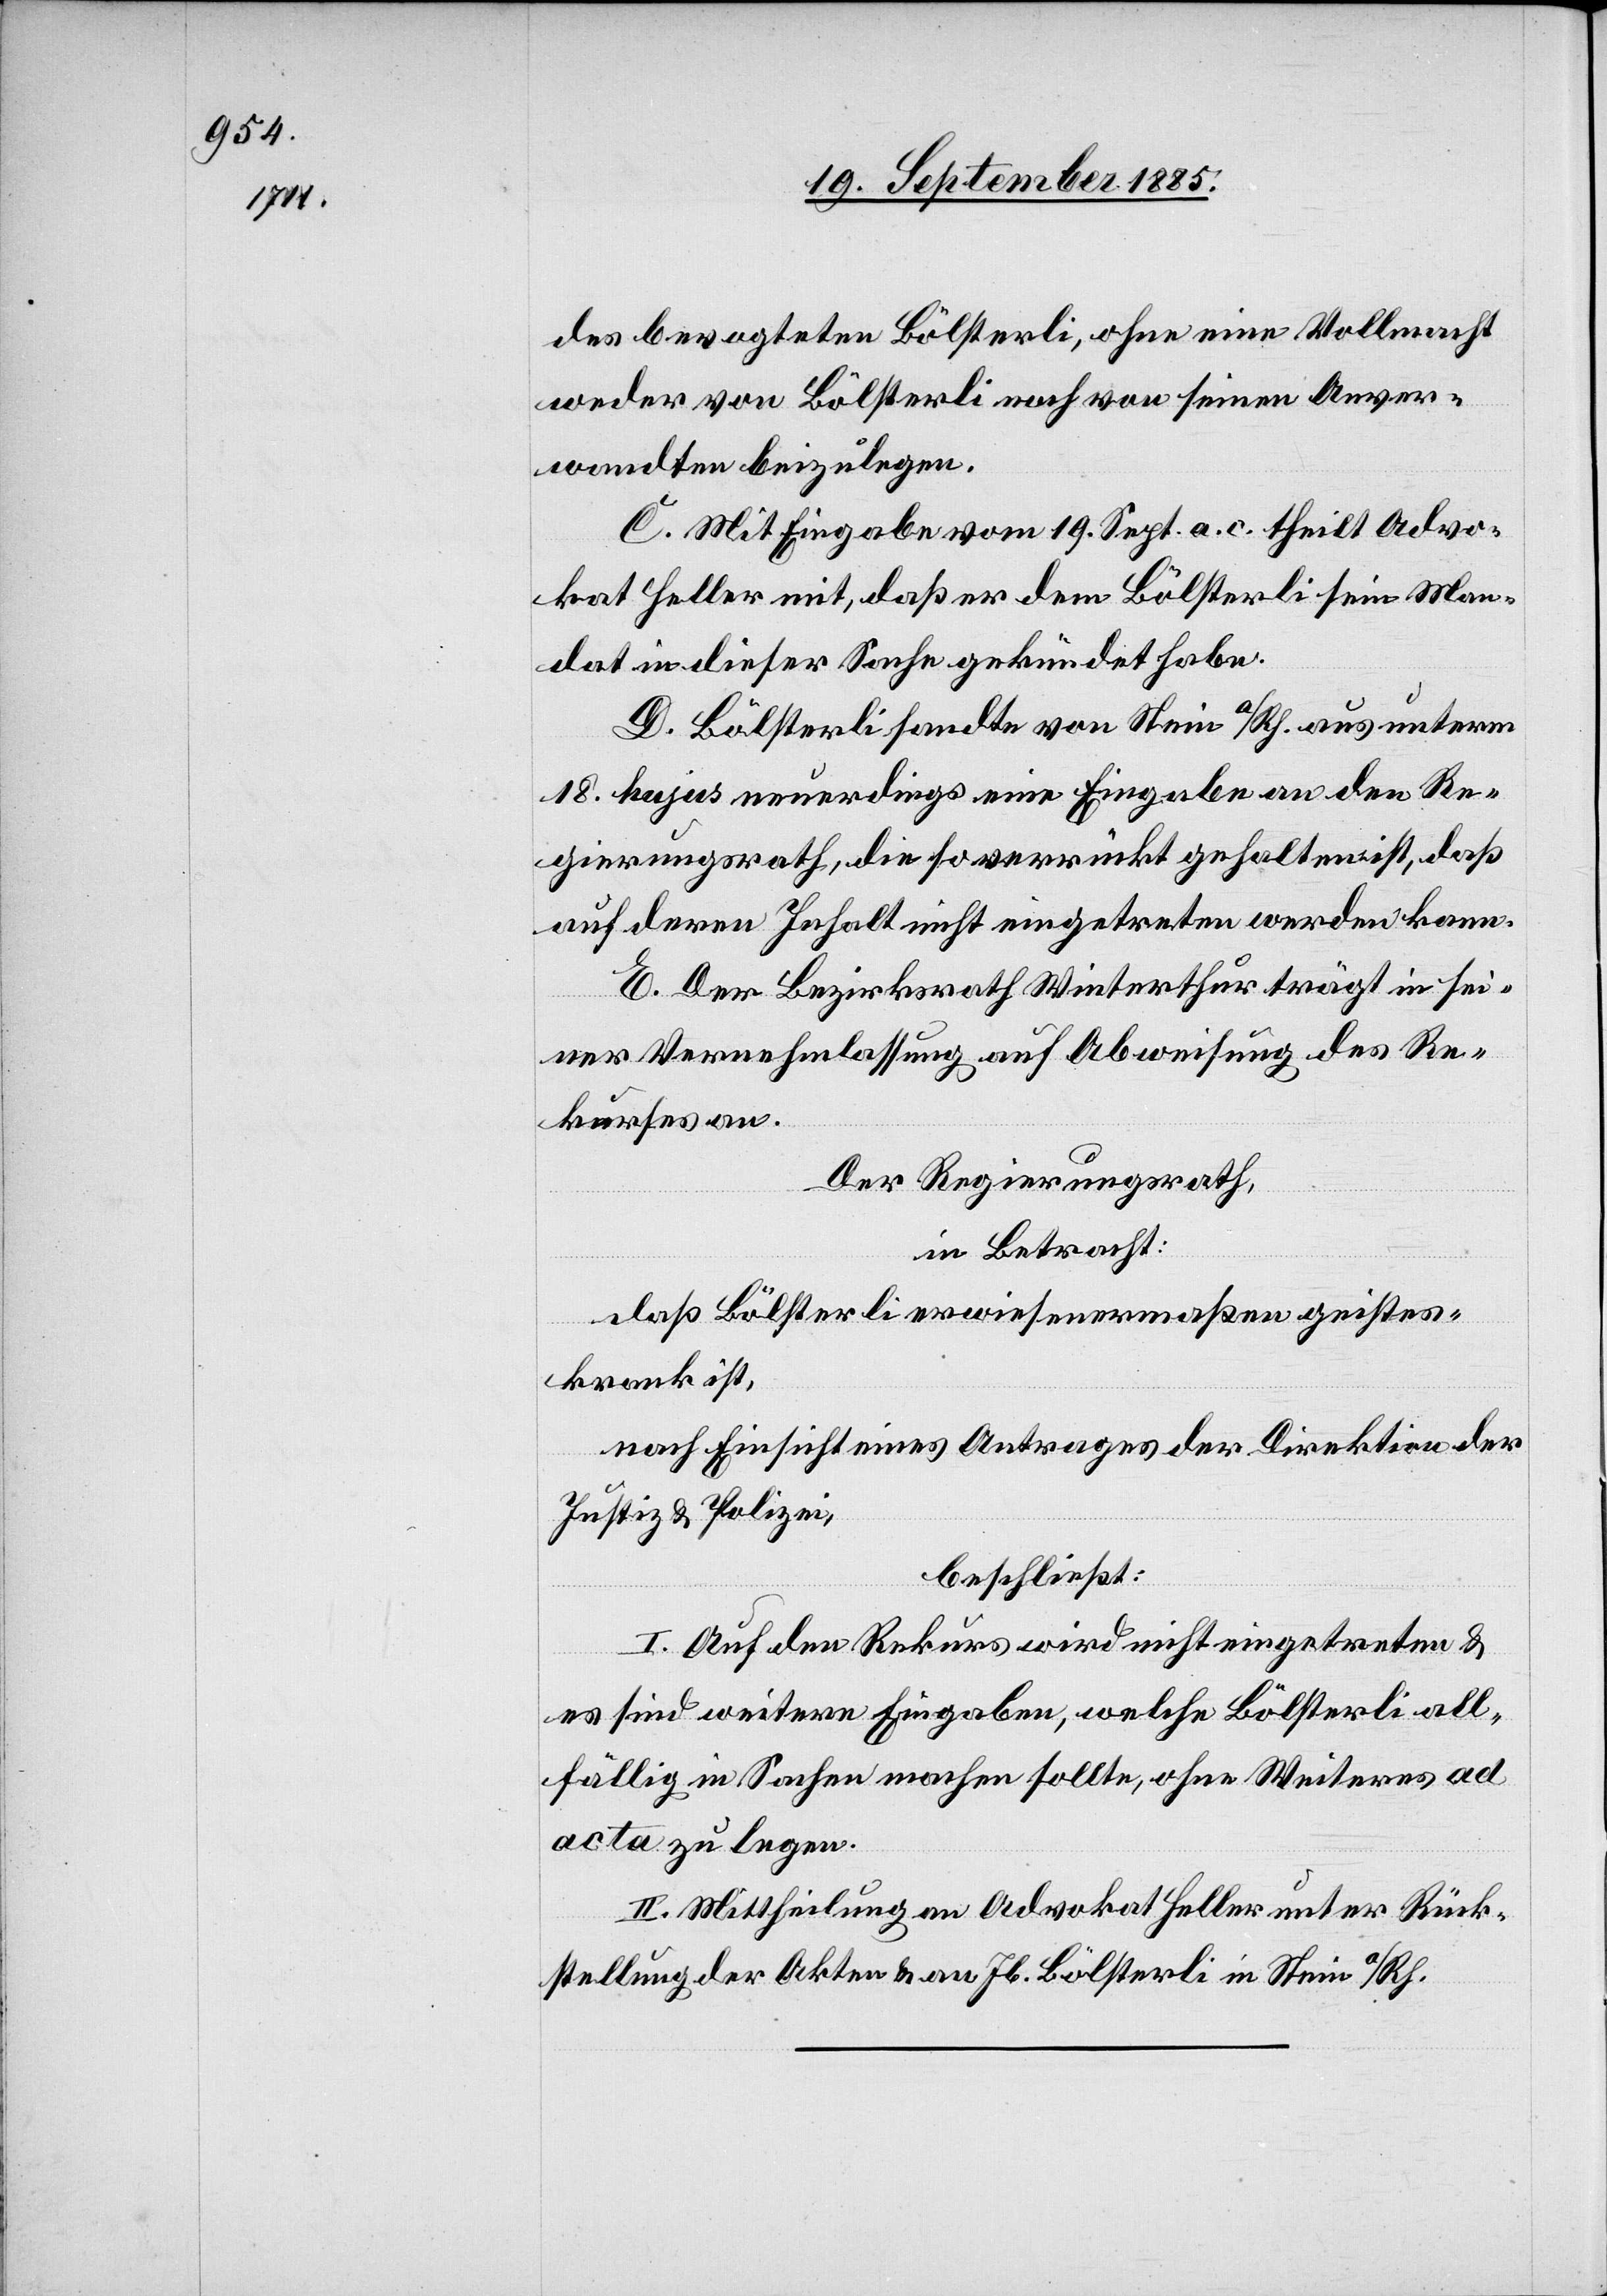
des bevogteten Bölsterli, ohne eine Vollmacht
weder von Bölsterli noch von seinen Anver¬
wandten beizulegen.
C. Mit Eingabe vom 19. Sept. a. c. theilt Advo¬
kat Heller mit, daß er dem Bölsterli sein Man¬
dat in dieser Sache gekündet habe.
D. Bölsterli sandte von Stein a/Rh. aus unterm
18. hujus neuerdings eine Eingabe an den Re¬
gierungsrath, die so verrückt gehalten ist, daß
auf deren Inhalt nicht eingetreten werden kann.
E. Der Bezirksrath Winterthur trägt in sei¬
ner Vernehmlassung auf Abweisung des Re¬
kurses an.
Der Regierungsrath,
in Betracht:
daß Bölsterli erwiesenermaßen geistes¬
krank ist,
nach Einsicht eines Antrages der Direktion der
Justiz & Polizei,
beschließt:
I. Auf den Rekurs wird nicht eingetreten &
es sind weitere Eingaben, welche Bölsterli all¬
fällig in Sachen machen sollte, ohne Weiteres ad
acta zu legen.
II. Mittheilung an Advokat Heller unter Rück¬
stellung der Akten & an Jb. Bölsterli in Stein a/Rh.